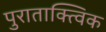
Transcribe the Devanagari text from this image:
पुराताक्त्विक